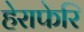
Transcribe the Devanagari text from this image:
हेराफेरि